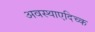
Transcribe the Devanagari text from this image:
अवस्थाएदिच्क